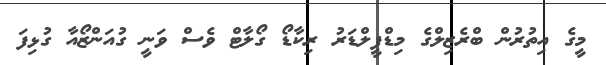
މީގެ އިތުރުން ބްރެޒިލްގެ މިޑްފީލްޑަރު ރިކާޑޯ ގޯލާޓް ވެސް ވަނީ ގުއަންޒޯއާ ގުޅިފަ